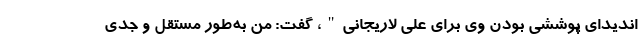
اندیدای پوششی بودن وی برای علی لاریجانی"، گفت: من به‌طور مستقل و جدی